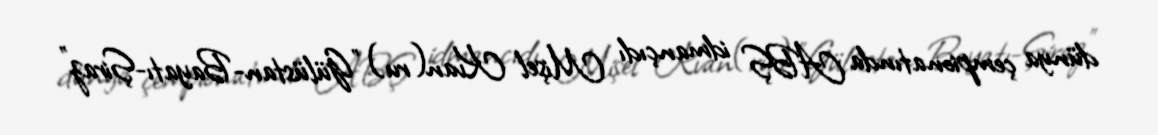
dünya çempionatında ABŞ idmançıdı Mişel Kvan(ru) "Gülüstan-Bayatı-Şiraz"